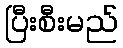
ပြီးစီးမည်